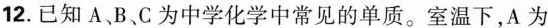
12.已知A、B、C为中学化学中常见的单质。室温下，A为